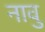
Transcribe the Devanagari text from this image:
नावु